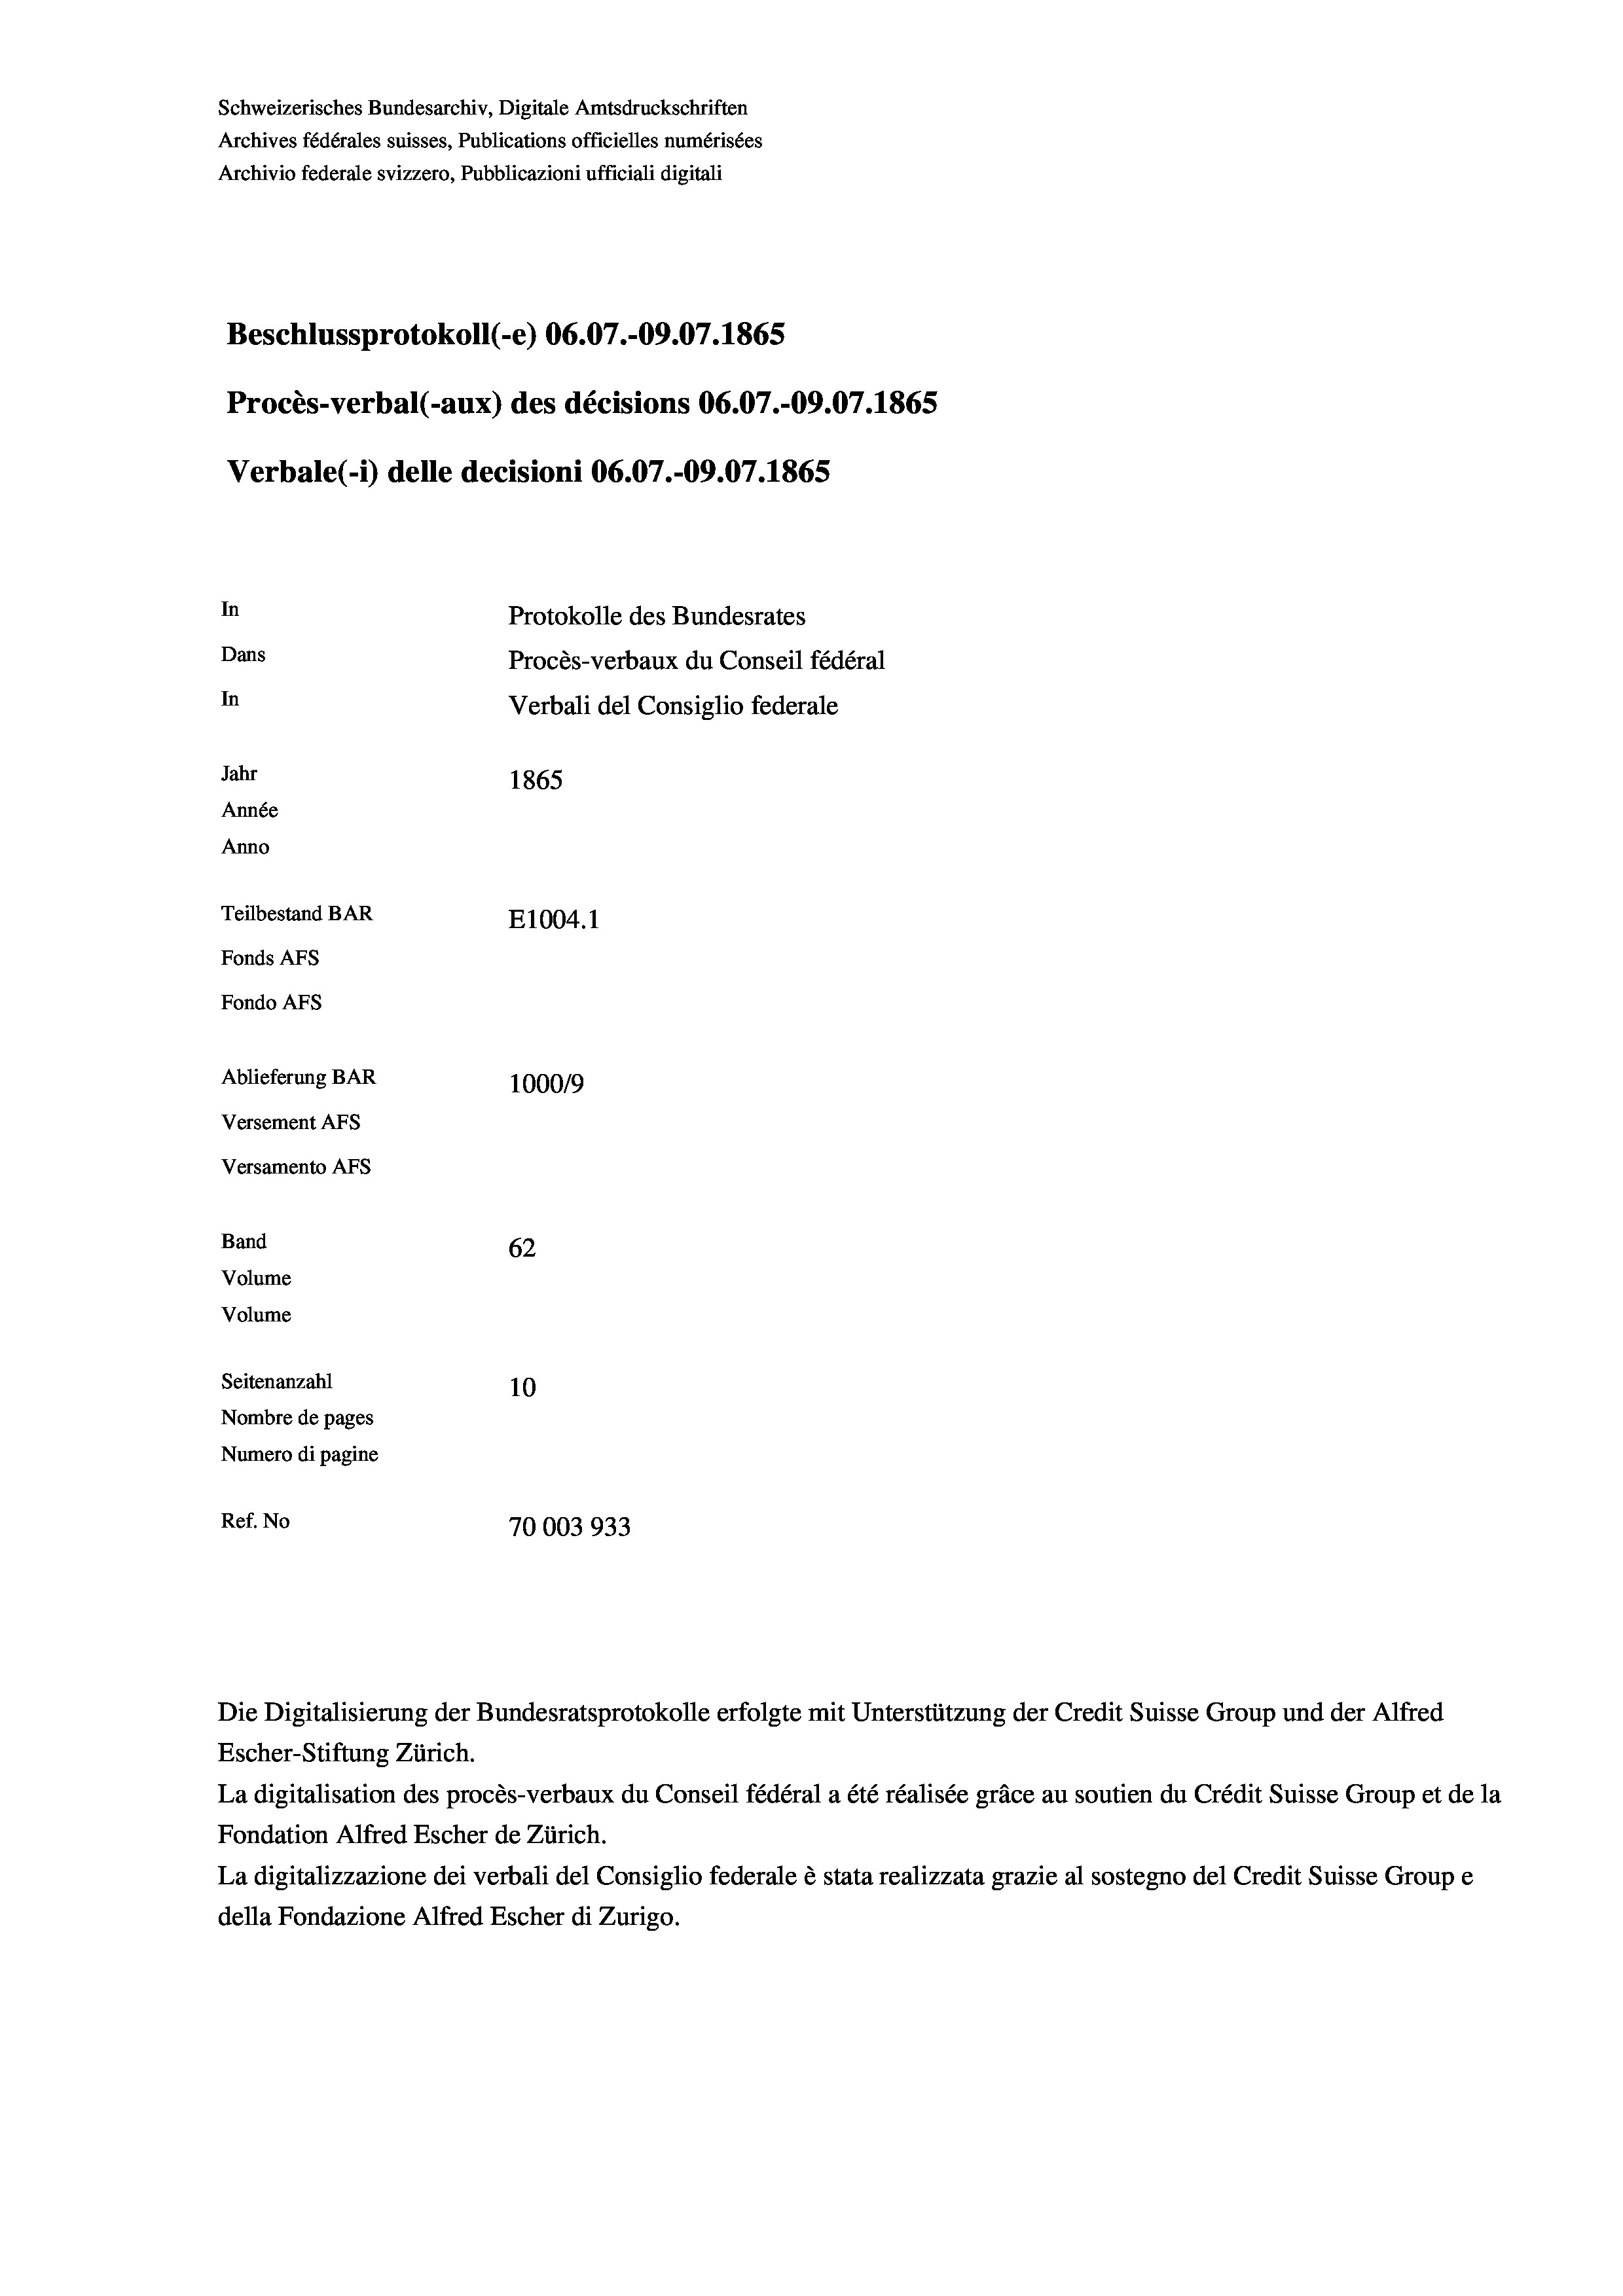
Schweizerisches Bundesarchiv, Digitale Amtsdruckschriften
Archives fédérales suisses, Publications officielles numérisées
Archivio federale svizzero, Pubblicazioni ufficiali digitali
Beschlussprotokoll (-e) 06.07.-09.07. 1865
Procès-verbal (-aux) des décisions 06.07.-09.07. 1865
Verbale(-*) delle decisioni 06.07.-09.07. 1865
In
Protokolle des Bundesrates
Dans
Procès-verbaux du Conseil fédéral
In
Verbali del Consiglio federale
Jahr
1865
Année
Anno
Teilbestand BAR
E1004.1
Fonds AFs
Fondo Afs
Ablieferung BAR
100019
Versement AFs
Versamento AFs

62
10
Nombre de pages
Numero di pagine
Ref. No
70003933

Band
Volume
Volume
Seitenanzahl

Escher-Stiftung Zürich.
La digitalisation des procès-verbaux du Conseil fédéral a été réalisée gräce au soutien du Crédit Suisse Group et de la
Fondation Alfred Escher de Zürich.
La digitalizzazione dei verbali del Consiglio federale è stata realizzata grazie al sostegno del Credit Suisse Groupe
della Fondazione Alfred Escher di Zurigo.

Die Digitalisierung der Bundesratsprotokolle erfolgte mit Unterstützung der Credit Suisse Group und der Alfred